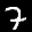
Label: 7